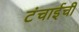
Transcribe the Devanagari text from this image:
टंचाईची